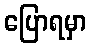
ပြောရမှာ